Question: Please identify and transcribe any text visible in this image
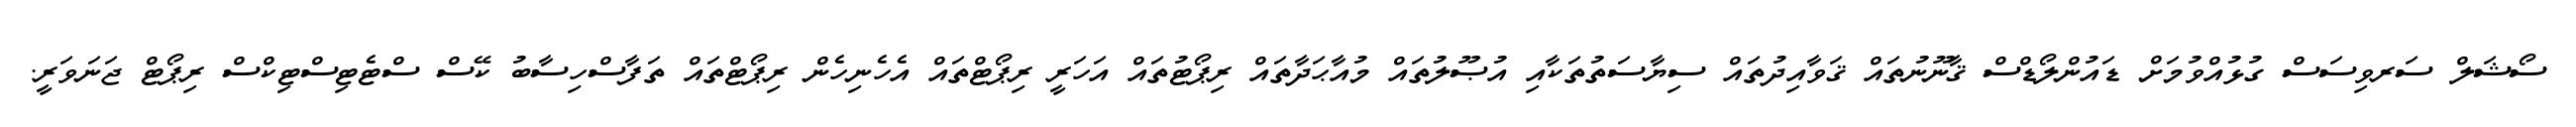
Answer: ސޯޝަލް ސަރވިސަސް ގުޅުއްވުމަށް ޑައުންލޯޑްސް ޤާނޫނުތައް ޤަވާއިދުތައް ސިޔާސަތުތަކާއި އުޞޫލުތައް މުއާޙަދާތައް ރިޕޯޓުތައް އަހަރީ ރިޕޯޓްތައް އެހެނިހެން ރިޕޯޓްތައް ތަފާސްހިސާބު ކޭސް ސްޓެޓިސްޓިކްސް ރިޕޯޓް ޖަނަވަރީ.